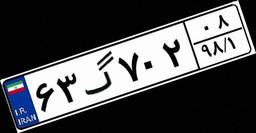
۲۱گ۰۵۷۰۱